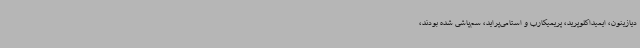
دیازینون، ایمیداکلوپرید، پریمیکارب و استامی‌پراید، سم‌پاشی شده بودند،